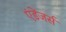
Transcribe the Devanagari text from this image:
एंडेंजर्स